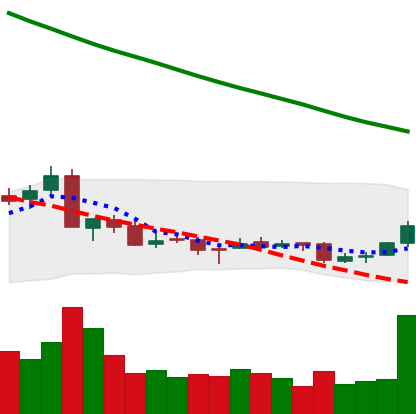
Ticker: NEO-USD
Chart end date: 2018-09-21
Forward return: -9.394%
Label: down_7plus